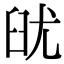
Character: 𦥣